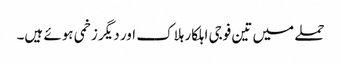
حملے میں تین فوجی اہلکار ہلاک اور دیگر زخمی ہوئے ہیں۔